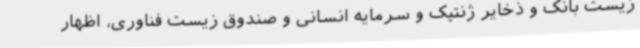
زیست بانک و ذخایر ژنتیک و سرمایه انسانی و صندوق زیست فناوری، اظهار